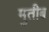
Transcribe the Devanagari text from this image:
मुतीब